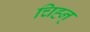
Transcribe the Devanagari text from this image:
चिह्न्